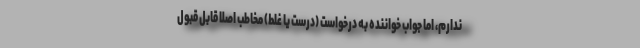
ندارم، اما جواب خواننده به درخواست (درست یا غلط) مخاطب اصلا قابل قبول